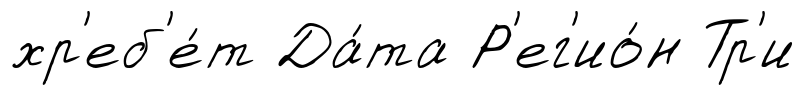
хр'еб'е́т Да́та Р'ег'ио́н Тр'и